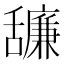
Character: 𦧷